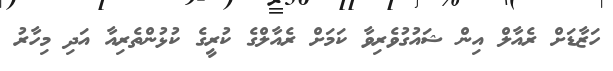
ހަޒާޑަށް ރެއާލް އިން ޝައުގުވެރިވާ ކަމަށް ރެއާލްގެ ކުރީގެ ކުޅުންތެރިއާ އަދި މިހާރު